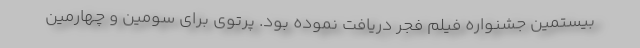
بیستمین جشنواره فیلم فجر دریافت نموده بود. پرتوی برای سومین و چهارمین